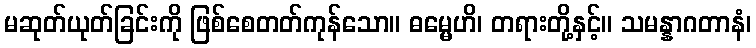
မဆုတ်ယုတ်ခြင်းကို ဖြစ်စေတတ်ကုန်သော။ ဓမ္မေဟိ၊ တရားတို့နှင့်။ သမန္နာဂတာနံ၊